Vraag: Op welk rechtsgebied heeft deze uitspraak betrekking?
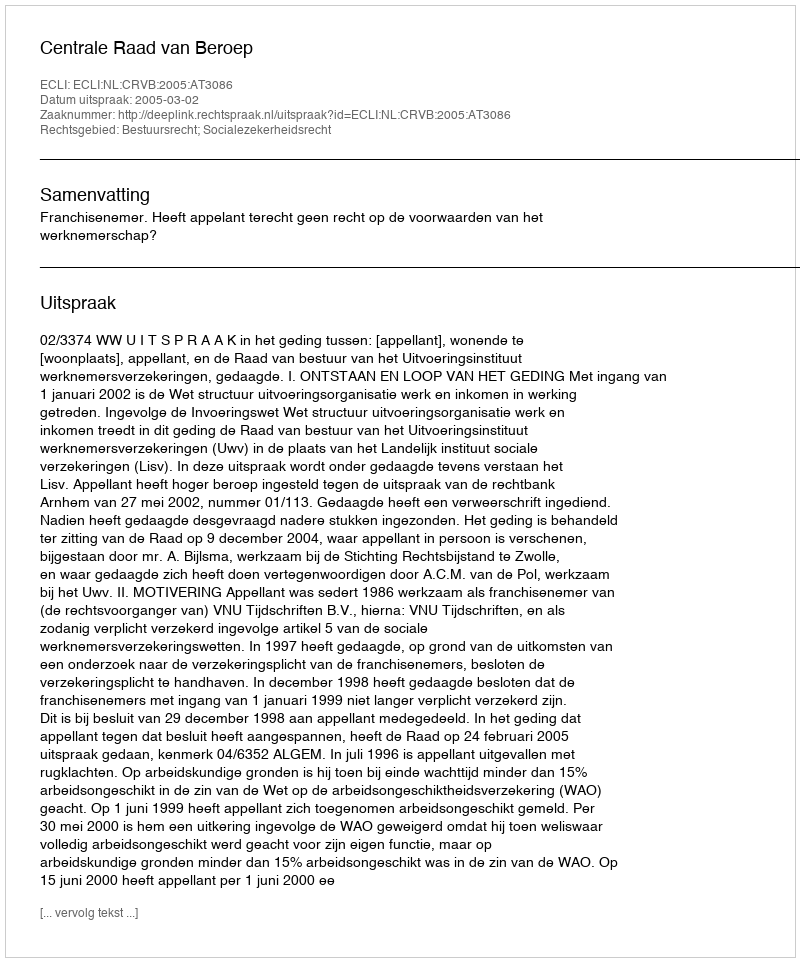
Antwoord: Bestuursrecht; Socialezekerheidsrecht